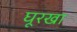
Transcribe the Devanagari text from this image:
घूरखा